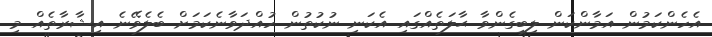
އެހެންކަމުން އަމާންކަން ލިބިގެންވާ ޙާލަތެއްގައި އެކަނި ނުކުތުން ހުއްދަވާނެކަމަށް ބެލެވޭނެ އިޝާރާތެއް މި